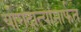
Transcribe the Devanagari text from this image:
योगदात्यांमार्फत